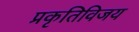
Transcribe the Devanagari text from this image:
प्रकृतिविजय